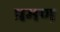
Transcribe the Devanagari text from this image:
प्रमण